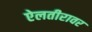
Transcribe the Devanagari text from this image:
ऐलतीरावर